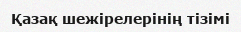
Қазақ шежірелерінің тізімі